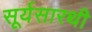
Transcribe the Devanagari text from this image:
सूर्यसारथी